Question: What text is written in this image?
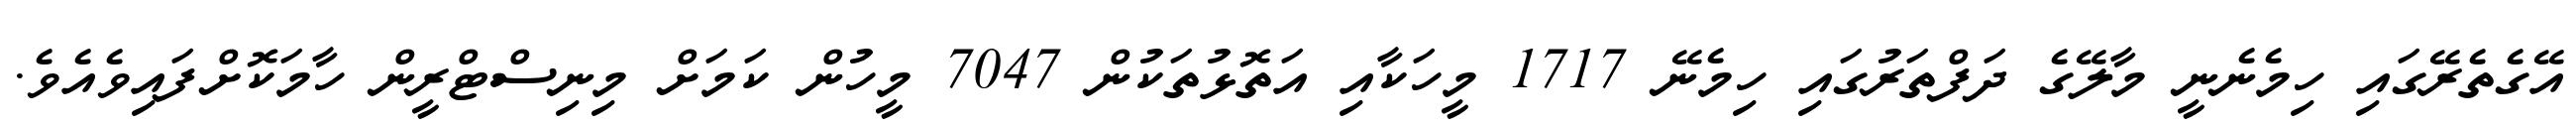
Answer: އޭގެތެރޭގައި ހިމެނެނީ މާލޭގެ ދަފްތަރުގައި ހިމެނޭ 1717 މީހަކާއި އަތޮޅުތަކުން 7047 މީހުން ކަމަށް މިނިސްޓްރީން ހާމަކޮށްފައިވެއެވެ.